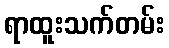
ရာထူးသက်တမ်း